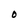
Character: O